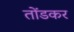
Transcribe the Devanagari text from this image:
तोंडकर